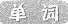
单词